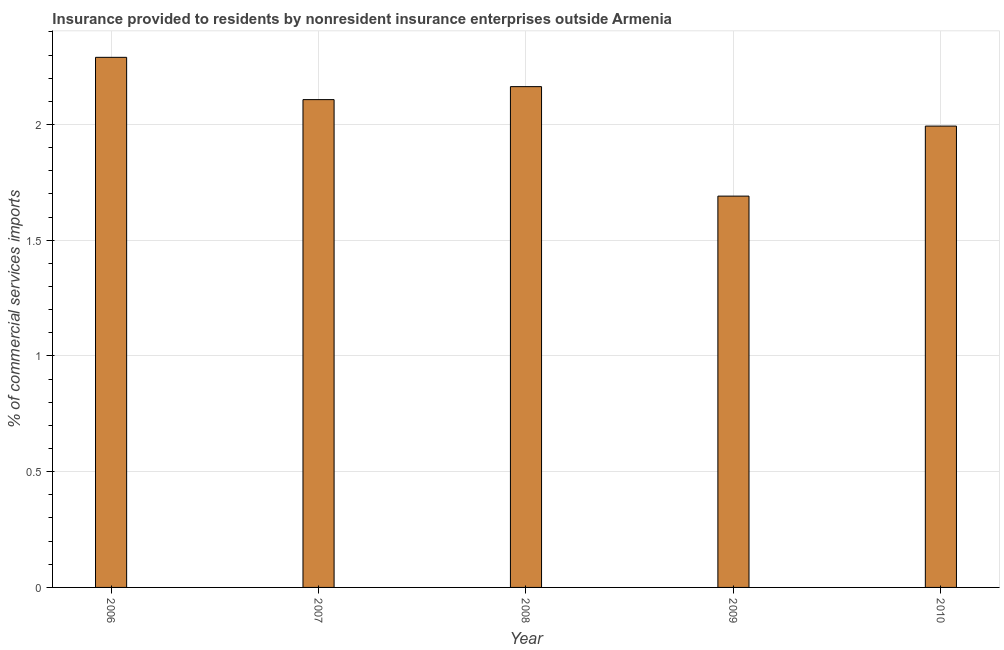
| Year | Insurance provided by non-residents |
 | --- | --- |
 | 2006 | 2.29 |
 | 2007 | 2.11 |
 | 2008 | 2.16 |
 | 2009 | 1.69 |
 | 2010 | 1.99 |